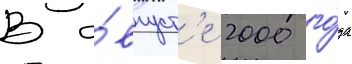
В а́вгуст'е 2000 го́да